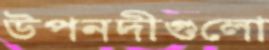
উপনদীগুলো